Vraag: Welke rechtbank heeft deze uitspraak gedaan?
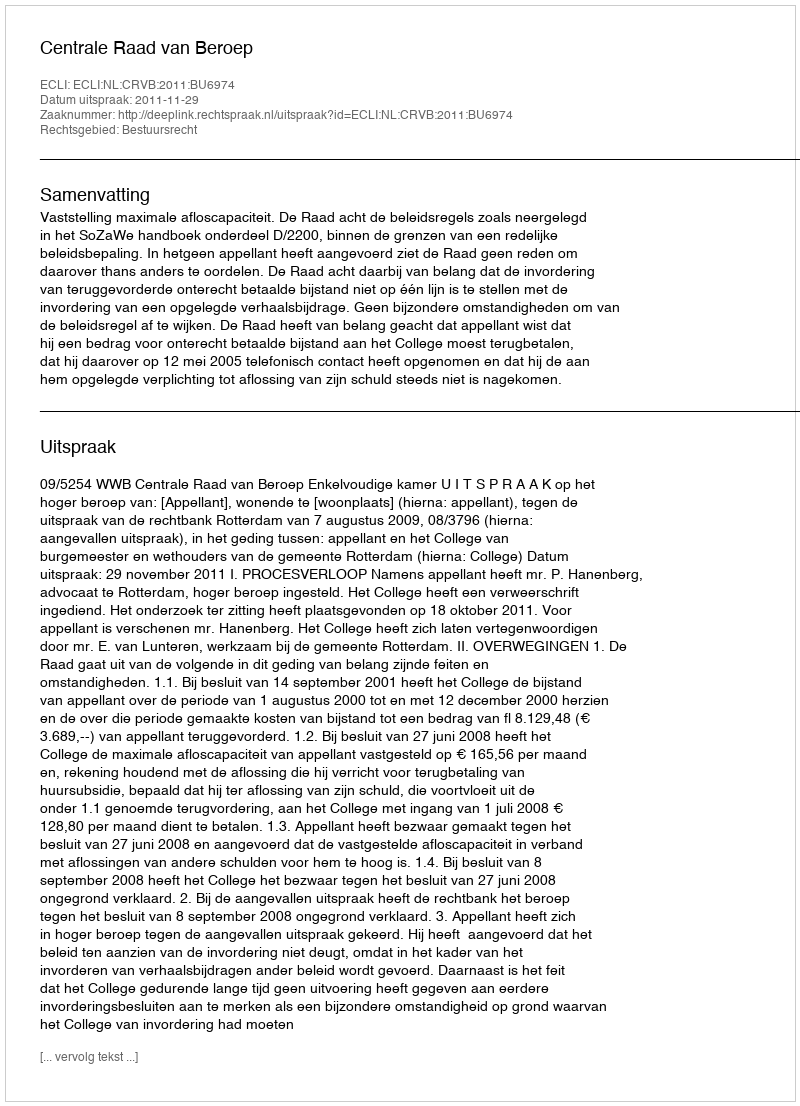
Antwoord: Centrale Raad van Beroep